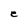
Character: e